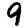
Digit: 9